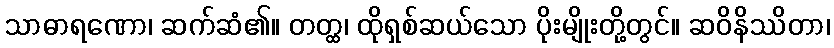
သာဓာရဏော၊ ဆက်ဆံ၏။ တတ္ထ၊ ထိုရှစ်ဆယ်သော ပိုးမျိုးတို့တွင်။ ဆဝိနိဿိတာ၊